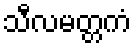
သီလမတ္တကံ